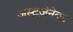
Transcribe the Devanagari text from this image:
अस्ट्रज़ेनेका